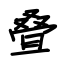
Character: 叠